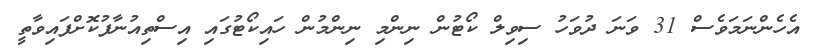
އެހެންނަމަވެސް 31 ވަނަ ދުވަހު ސިވިލް ކޯޓުން ނިންމި ނިންމުން ހައިކޯޓުގައި އިސްތިއުނާފުކޮށްފައިވާތީ